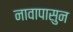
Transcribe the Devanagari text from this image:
नावापासुन